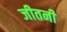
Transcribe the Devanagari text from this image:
जीतनी